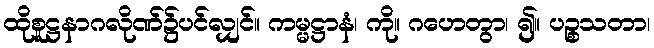
ထိုစူဋ္ဌနာဂလိုဏ်၌ပင်လျှင်။ ကမ္မဋ္ဌာနံ၊ ကို။ ဂဟေတွာ၊ ၍။ ပဉ္စသတာ၊